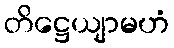
တိဋ္ဌေယျာမဟံ